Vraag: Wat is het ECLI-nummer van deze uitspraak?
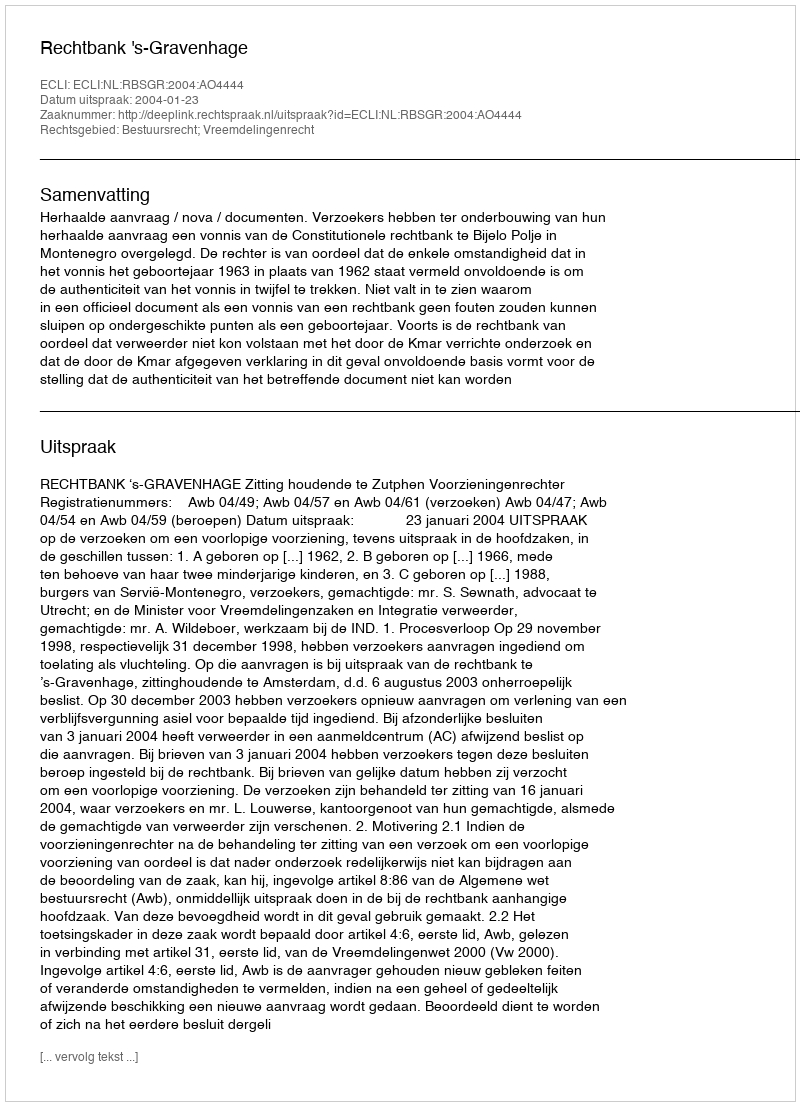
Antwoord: ECLI:NL:RBSGR:2004:AO4444